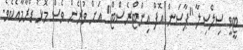
ޓީވީ ސިލްސިލާ "ޕާސަން އޮފް އިންޓްރެސްޓް" އަށް ވުރެން ވެސް މޮޅު ޑްރާމާއެކެވެ.